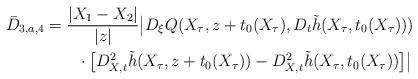
LaTeX: \begin{align*}\bar D_{3,a,4} &= \frac{ |X_1-X_2|}{|z|}\big| D_\xi Q(X_\tau,z+t_0(X_\tau),D_t \tilde h(X_\tau,t_0(X_\tau)))\\&\qquad\cdot \big [D^2_{X,t} \tilde h(X_\tau,z+t_0(X_\tau)) -D^2_{X,t} \tilde h(X_\tau,t_0(X_\tau)) \big]\big|\end{align*}